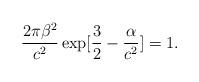
LaTeX: \begin{align*}\frac{2\pi \beta^2}{c^2}\exp[\frac{3}{2}-\frac{\alpha}{c^2}]= 1.\end{align*}